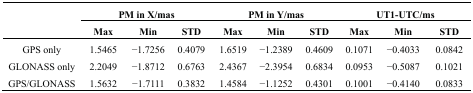
<table><thead><tr><td rowspan="3"></td><td colspan="3"><b>PM in X/mas</b></td><td colspan="3"><b>PM in Y/mas</b></td><td colspan="3"><b>UT1-UTC/ms</b></td></tr><tr><td><b>Max</b></td><td><b>Min</b></td><td><b>STD</b></td><td><b>Max</b></td><td><b>Min</b></td><td><b>STD</b></td><td><b>Max</b></td><td><b>Min</b></td><td><b>STD</b></td></tr></thead><tbody><tr><td>GPS only</td><td>1.5465</td><td>−1.7256</td><td>0.4079</td><td>1.6519</td><td>−1.2389</td><td>0.4609</td><td>0.1071</td><td>−0.4033</td><td>0.0842</td></tr><tr><td>GLONASS only</td><td>2.2049</td><td>−1.8712</td><td>0.6763</td><td>2.4367</td><td>−2.3954</td><td>0.6834</td><td>0.0953</td><td>−0.5087</td><td>0.1021</td></tr><tr><td>GPS/GLONASS</td><td>1.5632</td><td>−1.7111</td><td>0.3832</td><td>1.4584</td><td>−1.1252</td><td>0.4301</td><td>0.1001</td><td>−0.4140</td><td>0.0833</td></tr></tbody></table>